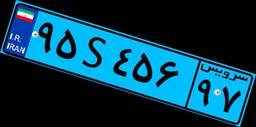
۹۵S۴۵۶۹۷